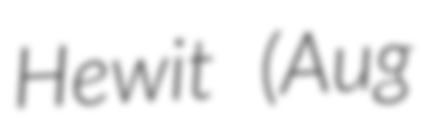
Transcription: Hewit (Aug